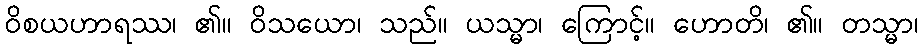
ဝိစယဟာရဿ၊ ၏။ ဝိသယော၊ သည်။ ယသ္မာ၊ ကြောင့်။ ဟောတိ၊ ၏။ တသ္မာ၊